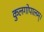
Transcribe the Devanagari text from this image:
कुलगोपालम्‌।